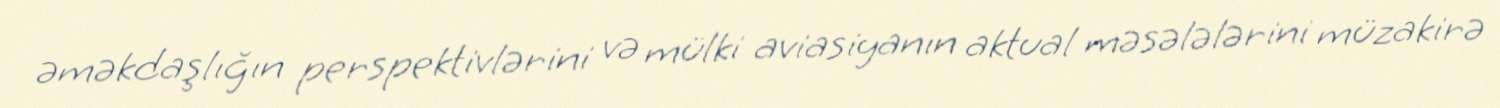
əməkdaşlığın perspektivlərini və mülki aviasiyanın aktual məsələlərini müzakirə